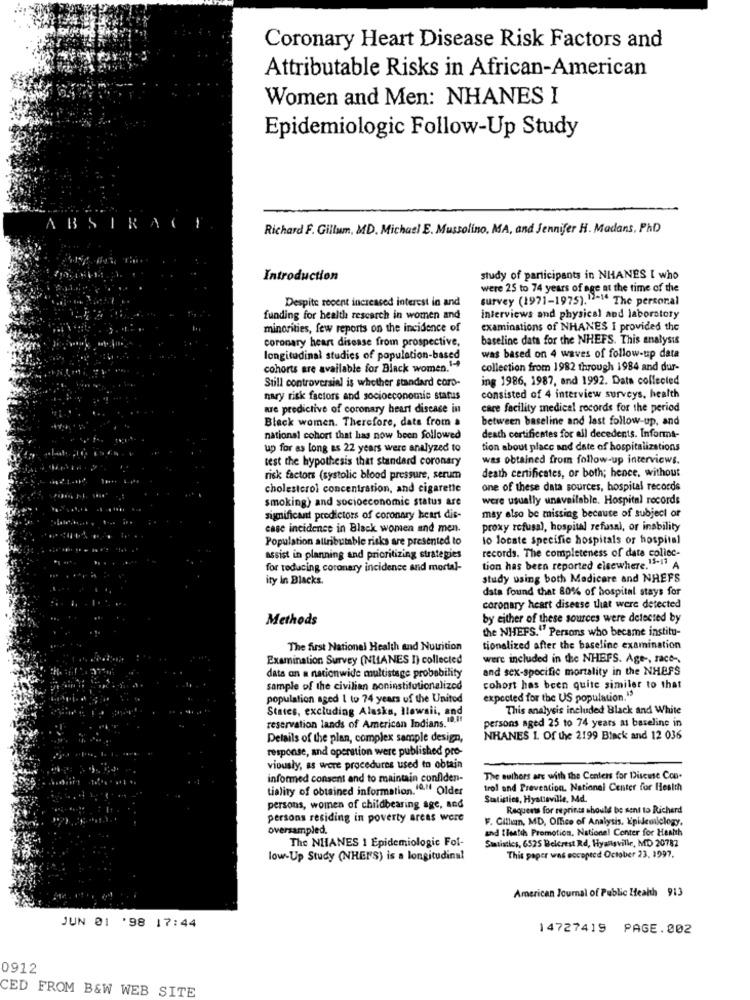
Coronary Heart Disease Risk Factors and
Attributable Risks in African-American
Women and Men: NHANES I
Epidemiologic Follow-Up Study
Richard F. Gillum, MD. Michael E. Mussolino, MA, and Jennifer H. Madans, PAD
Introduction
study of participants in NHANES I who
were 25 to 74 years of age at the time of the
Despite recent increased interest in and
survey (1971-1975).12-16 The personal
funding for health research in women and
interviews and physical and laboratory
minorities, few reports on the incidence of
examinations of NHANES I provided the
coronary heart disease from prospective,
baseline data for the NHEFS. This analysis
longitudinal studies of population-based
was based on 4 waves of follow-up data
cohorts are available for Black women .-
collection from 1982 through 1984 and dur-
ing 1986, 1987, and 1992. Data collected
Still controversial is whether standard coro-
nary risk factors and socioeconomic status
consisted of 4 interview surveys, health
are predictive of coronary heart disease in
care facility medical records for the period
Black women. Therefore, date from .
between baseline and last follow-up, and
national cohort that has now been followed
death certificates for ail decedents. Informa-
up for as long as 22 years were analyzed to
tion about place and date of hospitalizations
test the hypothesis that standard coronary
was obtained from follow-up interviews.
risk factors (systolic blood pressure, serum
death certificates, or both; hence, without
cholesterol concentration, and cigarette
one of these data sources, hospital records
smoking) and socioeconomic status are
were usually unavailable. Hospital records
significant predictors of coronary heart die-
may also be missing because of subject or
case incidence in Black women and men.
proxy refusal, hospital refusal, or inability
Population allributable risks are presented to
to locate specific hospitals or hospital
assist in planning and prioritizing strategies
records. The completeness of data collec-
for reducing coronary incidence and mortal-
tion has been reported elsewhere.11-11 A
ity in Blacks.
study using both Medicare and NHEFS
data found that 80% of hospital stays for
coronary heart disease that were detected
Methods
by either of these sources were detected by
the NHEFS." Persons who became institu-
The first National Health and Nutrition
tionalized after the baseline examination
Examination Survey (NLLANES I) collected
were included in the NHEFS. Age -, race-
and sex-specific mortality in the NHEFS
data on a nationwide multistage probability
sample of the civilian soninstitutionalized
cohort has been quite similer to that
population aged 1 to 74 years of the United
expected for the US population.">
States, excluding Alaska, Hawaii, and
This analysis included Black and White
reservation lands of American Indians. 10.1
persons aged 25 to 74 years as baseline in
Details of the plan, complex sample design,
NHANES 1. Of the 2199 Black and 12 036
response, and operation were published pro-
viously, as were procedures used to obtain
informed consent and to maintain confiden-
The authors are with the Centers for Disease Con-
tiality of obtained information.1ª."( Older
trol and Prevention. National Center for Health
Statistics, Hyattsville, Md.
persons, women of childbearing age, and
Requests for reprints should be sent to Richerd
persons residing in poverty areas wore
F. Cillian, MD, Office of Analysis, Epidemiology.
oversampled.
and fleatih Promotion, National Center for Heath
The NHANES 1 Epidemiologic Fof-
Statistics, 6525 Belcrest Rd, Hyattsville, MD 20782
low-Up Study (NHENS) is a longitudinal
This paper was accepted October 23, 1997.
American Journal of Public Health 913
JUN 01 '98 17:44
14727419 PAGE.002
0912
CED FROM B&W WEB SITE